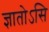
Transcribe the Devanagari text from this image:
ज्ञातोऽसि